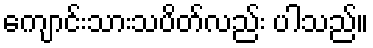
ကျောင်းသားသပိတ်လည်း ပါသည်။